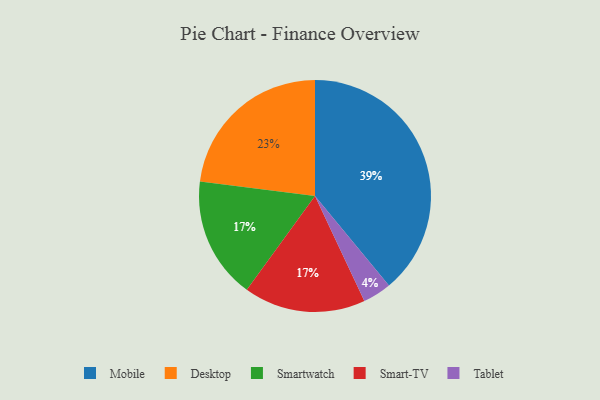
{"axis": {"x": "Category", "y": "Percentage"}, "legend": ["Desktop", "Mobile", "Smart-TV", "Smartwatch", "Tablet"], "data": [{"x": "Tablet", "y": 4, "type": "Tablet"}, {"x": "Desktop", "y": 23, "type": "Desktop"}, {"x": "Smartwatch", "y": 17, "type": "Smartwatch"}, {"x": "Smart-TV", "y": 17, "type": "Smart-TV"}, {"x": "Mobile", "y": 39, "type": "Mobile"}]}